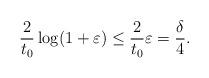
LaTeX: \begin{align*}\dfrac{2}{t_0}\log (1 + \varepsilon) \leq \dfrac{2}{t_0}\varepsilon = \dfrac{\delta}{4}.\end{align*}